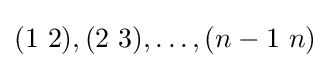
(1\ 2),(2\ 3),\ldots ,(n-1\ n)